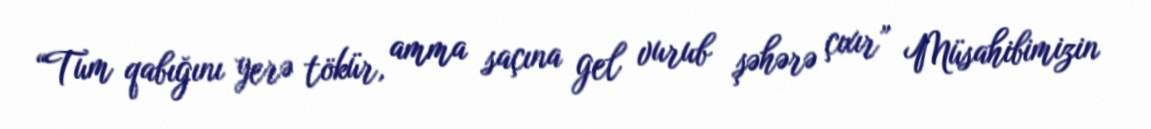
“Tum qabığını yerə tökür, amma saçına gel vurub şəhərə çıxır” Müsahibimizin